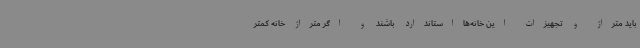
باید متراژ و تجهیزات این خانه‌هااستاندارد باشند و اگر متراژ خانه کمتر